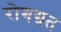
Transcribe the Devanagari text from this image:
रोगग्रत